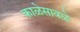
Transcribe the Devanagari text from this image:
काळेसावळे